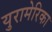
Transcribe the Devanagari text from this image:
युरामेरिका